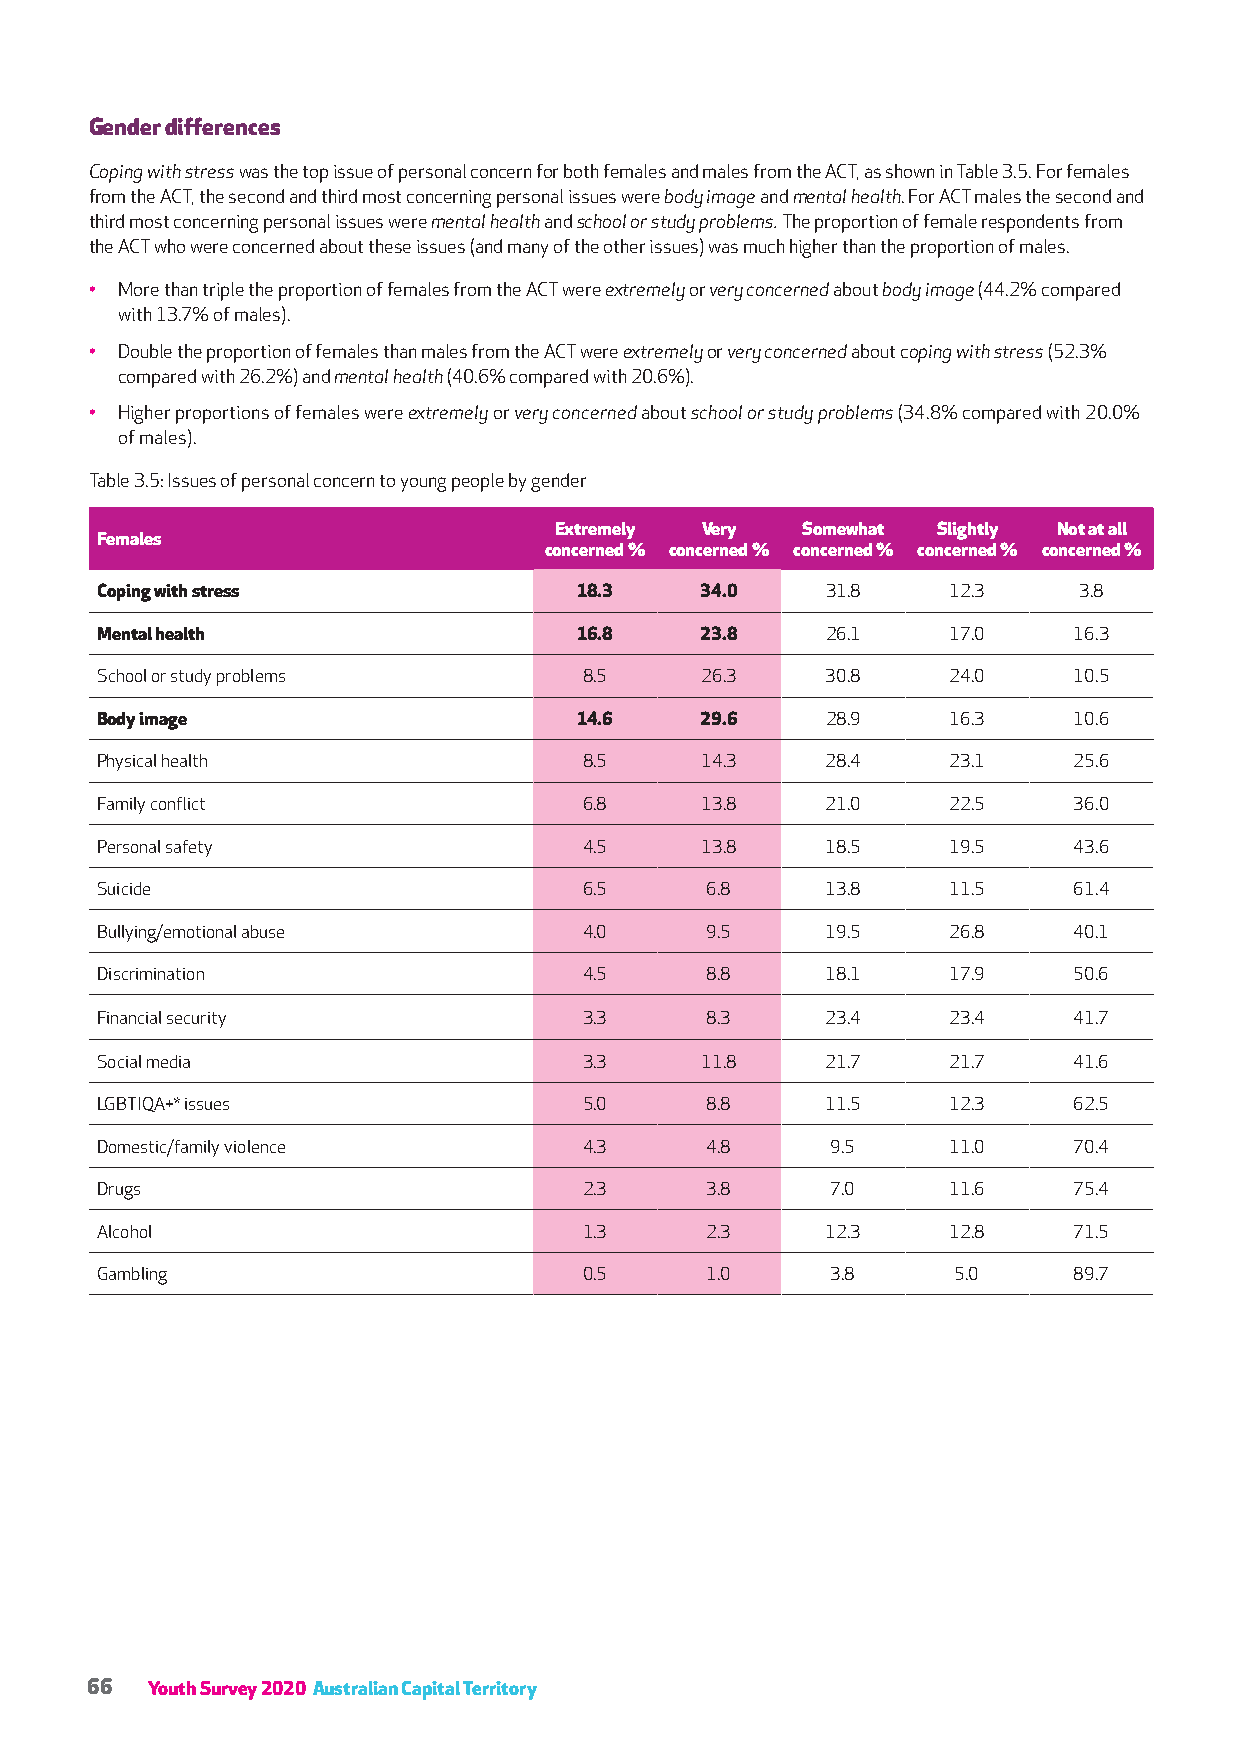
Gender differences
 Coping with stress was the top issue of personal concern for both females and males from the ACT, as shown in Table 3.5. For females
 from the ACT, the second and third most concerning personal issues were body image and mental health. For ACT males the second and
 third most concerning personal issues were mental health and school or study problems. The proportion of female respondents from
 the ACT who were concerned about these issues (and many of the other issues) was much higher than the proportion of males.
 • More than triple the proportion of females from the ACT were extremely or very concerned about body image (44.2% compared
 with 13.7% of males).
 • Double the proportion of females than males from the ACT were extremely or very concerned about coping with stress (52.3%
 compared with 26.2%) and mental health (40.6% compared with 20.6%).
 • Higher proportions of females were extremely or very concerned about school or study problems (34.8% compared with 20.0%
 of males).
 Table 3.5: Issues of personal concern to young people by gender
 Extremely Very  Somewhat Slightly Not at all
 Females
 concerned % concerned % concerned % concerned % concerned %
 Coping with stress              18.3    34.0     31.8    12.3    3.8
 Mental health                   16.8    23.8     26.1    17.0    16.3
 School or study problems         8.5    26.3     30.8    24.0    10.5
 Body image                      14.6    29.6     28.9    16.3    10.6
 Physical health                  8.5    14.3     28.4    23.1    25.6
 Family conflict                  6.8    13.8     21.0    22.5    36.0
 Personal safety                  4.5    13.8     18.5    19.5    43.6
 Suicide                          6.5     6.8     13.8    11.5    61.4
 Bullying/emotional abuse         4.0     9.5     19.5    26.8    40.1
 Discrimination                   4.5     8.8     18.1    17.9    50.6
 Financial security               3.3     8.3     23.4    23.4    41.7
 Social media                     3.3    11.8     21.7    21.7    41.6
 LGBTIQA+* issues                 5.0     8.8     11.5    12.3    62.5
 Domestic/family violence         4.3     4.8     9.5     11.0    70.4
 Drugs                            2.3     3.8     7.0     11.6    75.4
 Alcohol                          1.3     2.3     12.3    12.8    71.5
 Gambling                         0.5     1.0     3.8     5.0     89.7
 66  Youth Survey 2020 Australian Capital Territory